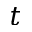
t